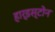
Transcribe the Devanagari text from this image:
हार्डस्टोन